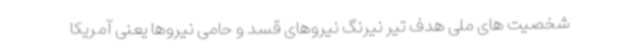
شخصیت های ملی هدف تیر نیرنگ نیروهای قسد و حامی نیروها یعنی آمریکا